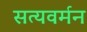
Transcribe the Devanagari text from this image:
सत्यवर्मन